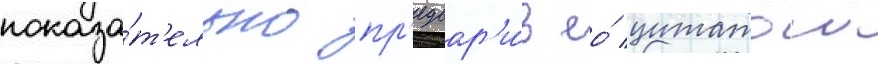
показа́т'ельно пр'едвар'и́в ео́ цитатои